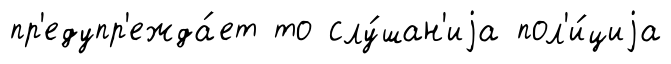
пр'едупр'ежда́ет то слу́шан'иjа пол'и́циjа